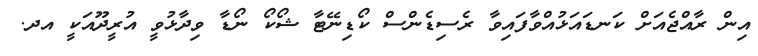
އިން ރާއްޖެއަށް ކަނޑައަޅުއްވާފައިވާ ރެސިޑެންސް ކޯޑިނޭޓާ ޝޯކޯ ނޯޑާ ވިދާޅުވީ އުރީދޫއަކީ އދ.